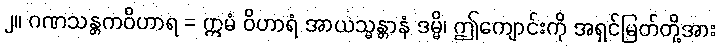
၂။ ဂဏသန္တကဝိဟာရ = ဣမံ ဝိဟာရံ အာယသ္မန္တာနံ ဒမ္မိ၊ ဤကျောင်းကို အရှင်မြတ်တို့အား